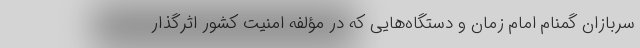
سربازان گمنام امام زمان و دستگاه‌هایی که در مؤلفه امنیت کشور اثرگذار